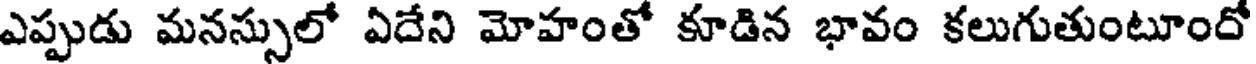
ఎప్పుడు మనస్సులో ఏదేని మోహంతో కూడిన భావం కలుగుతుంటూందో